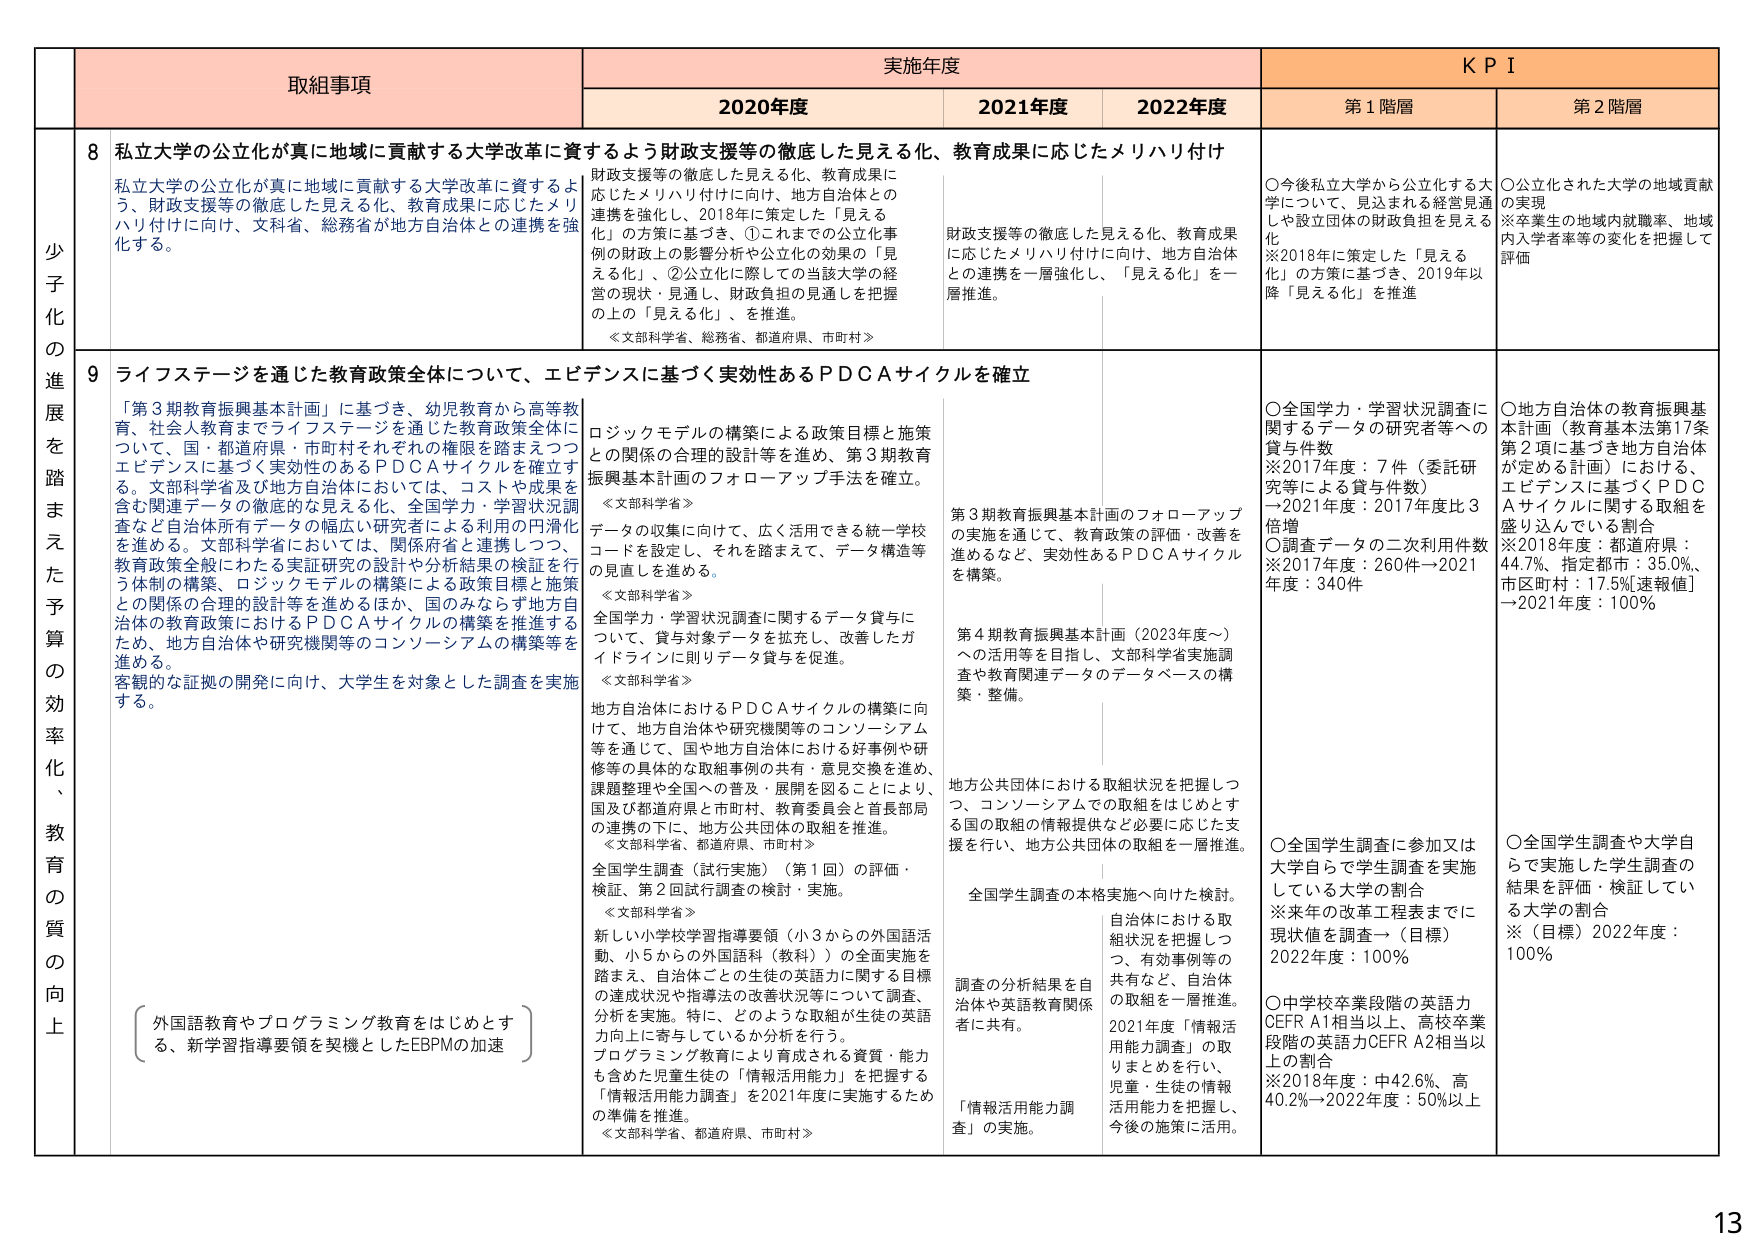
少子化の進展を踏まえた予算の効率化、教育の質の向上

取組事項

実施年度

KPI

2020年度

2021年度

2022年度

第1階層

第2階層

8 私立大学の公立化が真に地域に貢献する大学改革に資するよう財政支援等の徹底した見える化、教育成果に応じたメリハリ付け

私立大学の公立化が真に地域に貢献する大学改革に資するよう、財政支援等の徹底した見える化、教育成果に応じたメリハリ付けに向け、文科省、総務省が地方自治体との連携を強化する。

財政支援等の徹底した見える化、教育成果に応じたメリハリ付けに向け、地方自治体との連携を強化し、2018年に策定した「見える化」の方策に基づき、①これまでの公立化事例の財政上の影響分析や公立化の効果の「見える化」、②公立化に際しての当該大学の経営の現状・見通し、財政負担の見通しを把握の上の「見える化」、を推進。

＜文部科学省、総務省、都道府県、市町村＞

財政支援等の徹底した見える化、教育成果に応じたメリハリ付けに向け、地方自治体との連携を一層強化し、「見える化」を一層推進。

○今後私立大学から公立化する大学について、見込まれる経営見通しや設立団体の財政負担を見える化
※2018年に策定した「見える化」の方策に基づき、2019年以降「見える化」を推進

○公立化された大学の地域貢献の実現
※卒業生の地域内就職率、地域内入学者率等の変化を把握して評価

9 ライフステージを通じた教育政策全体について、エビデンスに基づく実効性あるＰＤＣＡサイクルを確立

「第3期教育振興基本計画」に基づき、幼児教育から高等教育、社会人教育までライフステージを通じた教育政策全体について、国・都道府県・市町村それぞれの権限を踏まえつつエビデンスに基づく実効性のあるＰＤＣＡサイクルを確立する。文部科学省及び地方自治体においては、コストや成果を含む関連データの徹底的な見える化、全国学力・学習状況調査など自治体所有データの幅広い研究者による利用の円滑化を進める。文部科学省においては、関係府省と連携しつつ、教育政策全般にわたる実証研究の設計や分析結果の検証を行う体制の構築、ロジックモデルの構築による政策目標と施策との関係の合理的設計等を進めるほか、国のみならず地方自治体の教育政策におけるＰＤＣＡサイクルの構築を推進するため、地方自治体や研究機関等のコンソーシアムの構築等を進める。
客観的な証拠の開発に向け、大学生を対象とした調査を実施する。

（外国語教育やプログラミング教育をはじめとする、新学習指導要領を契機としたEBPMの加速）

ロジックモデルの構築による政策目標と施策との関係の合理的設計等を進め、第3期教育振興基本計画のフォローアップ手法を確立。

＜文部科学省＞
データの収集に向けて、広く活用できる統一学校コードを設定し、それを踏まえて、データ構造等の見直しを進める。

＜文部科学省＞
全国学力・学習状況調査に関するデータ貸与について、貸与対象データを拡充し、改善したガイドラインに則りデータ貸与を促進。

＜文部科学省＞
地方自治体におけるＰＤＣＡサイクルの構築に向け、地方自治体や研究機関等のコンソーシアム等を通じて、国や地方自治体における好事例や研修等の具体的な取組事例の共有・意見交換を進め、課題整理や全国への普及・展開を図ることにより、国及び都道府県と市町村、教育委員会と首長部局の連携の下に、地方公共団体の取組を推進。

＜文部科学省、都道府県、市町村＞
全国学生調査（試行実施）（第1回）の評価・検証、第2回試行調査の検討・実施。

＜文部科学省＞
新しい小学校学習指導要領（小3からの外国語活動、小5からの外国語科（教科））の全面実施を踏まえ、自治体ごとの生徒の英語力に関する目標の達成状況や指導法の改善状況等について調査、分析を実施。特に、どのような取組が生徒の英語力向上に寄与しているか分析を行う。
プログラミング教育により育成される資質・能力も含めた児童生徒の「情報活用能力」を把握する「情報活用能力調査」を2021年度に実施するための準備を推進。

＜文部科学省、都道府県、市町村＞

第3期教育振興基本計画のフォローアップの実施を通じて、教育政策の評価・改善を進めるなど、実効性あるＰＤＣＡサイクルを構築。

第4期教育振興基本計画（2023年度～）への活用等を目指し、文部科学省実施調査や教育関連データのデータベースの構築・整備。

全国学生調査の本格実施へ向けた検討。

調査の分析結果を自治体や英語教育関係者に共有。

自体における取組状況を把握しつつ、有効事例等の共有など、自治体の取組を一層推進。
2021年度「情報活用能力調査」の取りまとめを行い、児童・生徒の情報活用能力を把握し、今後の施策に活用。

「情報活用能力調査」の実施。

○全国学力・学習状況調査に関するデータの研究者等への貸与件数
※2017年度：7件（委託研究等による貸与件数）
→2021年度：2017年度比3倍増
○調査データの二次利用件数
※2017年度：260件→2021年度：340件

○地方自治体の教育振興基本計画（教育基本法第17条第2項に基づき地方自治体が定める計画）における、エビデンスに基づくＰＤＣＡサイクルに関する取組を盛り込んでいる割合
※2018年度：都道府県：44.7%、指定都市：35.0%、市区町村：17.5%[速報値]
→2021年度：100%

○全国学生調査に参加又は大学自らで学生調査を実施している大学の割合
※来年の改革工程表までに現状値を調査→（目標）2022年度：100%

○中学校卒業段階の英語力CEFR A1相当以上、高校卒業段階の英語力CEFR A2相当以上の割合
※2018年度：中42.6%、高40.2%→2022年度：50%以上

○全国学生調査や大学自らで実施した学生調査の結果を評価・検証している大学の割合
※（目標）2022年度：100%

13